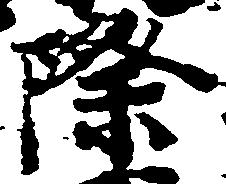
際